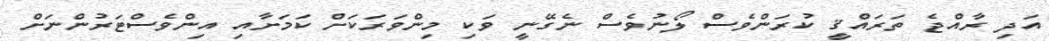
އަދި ރާއްޖެ ތަރައްޤީ ކުރަންވެސް ލޯނުވެސް ނެގޭނީ ވަކި މިންވަރަކަށް ކަމަށާއި އިންވެސްޓަރުންނަށް